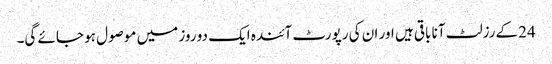
24کے رزلٹ آنا باقی ہیں اور ان کی رپورٹ آئندہ ایک دو روز میں موصول ہو جائے گی۔